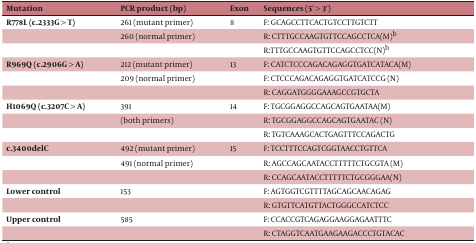
| Mutation | PCR product (bp) | Exon | Sequences (5' > 3') |
 | --- | --- | --- | --- |
 | R778L (c.2333G > T) | 261 (mutant primer) | 8 | F: GCAGCCTTCACTGTCCTTGTCTT |
 |  | 260 (normal primer) |  | R: CTTTGCCAAGTGTTCCAGCCTCA(M)b |
 |  |  |  | R:TTTGCCAAGTGTTCCAGCCTCC(N)b |
 | R969Q (c.2906G > A) | 212 (mutant primer) | 13 | F: CATCTCCCAGACAGAGGTGATCATACA(M) |
 |  | 209 (normal primer) |  | F: CTCCCAGACAGAGGTGATCATCCG (N) |
 |  |  |  | R: CAGGATGGGGAAAGCCGTGCTA |
 | H1069Q (c.3207C > A) | 391 | 14 | F: TGCGGAGGCCAGCAGTGAATAA(M) |
 |  | (both primers) |  | R: TGCGGAGGCCAGCAGTGAATAC (N) |
 |  |  |  | R: TGTCAAAGCACTGAGTTTCCAGACTG |
 | c.3400delC | 492 (mutant primer) | 15 | F: TCCTTTCCAGTCGGTAACCTGTTCA |
 |  | 491 (normal primer) |  | R: AGCCAGCAATACCTTTTTCTGCGTA (M) |
 |  |  |  | R: CCAGCAATACCTTTTTCTGCGGGAA(N) |
 | Lower control | 153 |  | F: AGTGGTCGTTTTAGCAGCAACAGAG |
 |  |  |  | R: GTGTTCATGTTACTGGGCCATCTCC |
 | Upper control | 585 |  | F: CCACCGTCAGAGGAAGGAGAATTTC |
 |  |  |  | R: CTAGGTCAATGAAGAAGACCCTGTACAC |